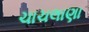
ચાચલાણા